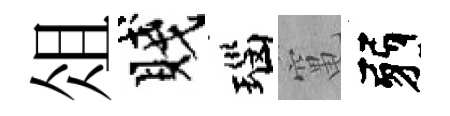
俎賤瑙𥧄弱